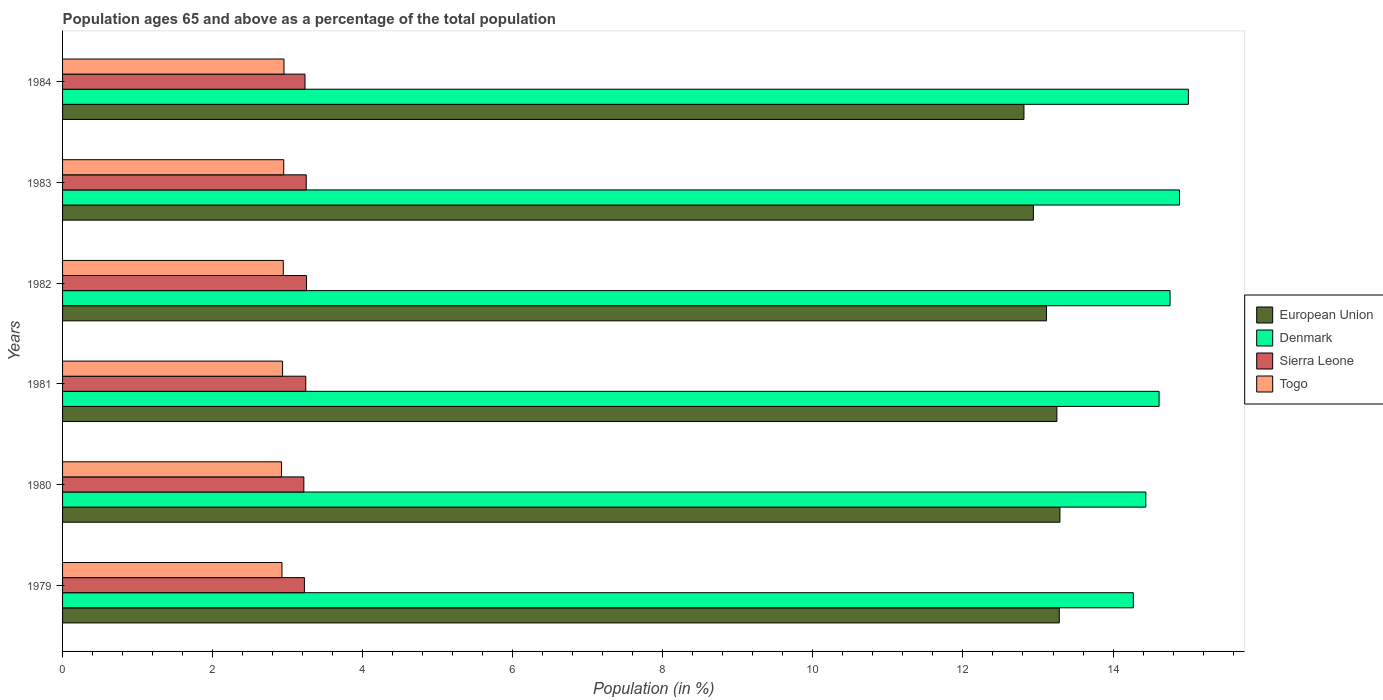
| Years | European Union | Denmark | Sierra Leone | Togo |
 | --- | --- | --- | --- | --- |
 | 1979 | 13.3 | 14.3 | 3.22 | 2.92 |
 | 1980 | 13.3 | 14.4 | 3.22 | 2.92 |
 | 1981 | 13.3 | 14.6 | 3.24 | 2.93 |
 | 1982 | 13.1 | 14.8 | 3.25 | 2.94 |
 | 1983 | 12.9 | 14.9 | 3.25 | 2.95 |
 | 1984 | 12.8 | 15 | 3.23 | 2.95 |